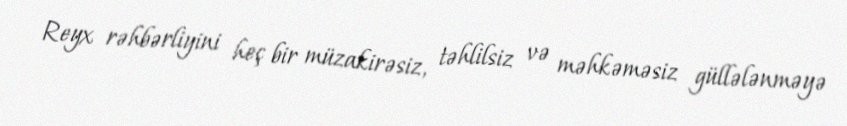
Reyx rəhbərliyini heç bir müzakirəsiz, təhlilsiz və məhkəməsiz güllələnməyə